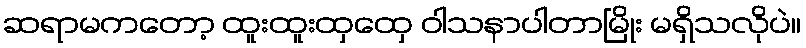
ဆရာမကတော့ ထူးထူးထှထှေ ဝါသနာပါတာမြိုး မရှိသလိုပဲ။